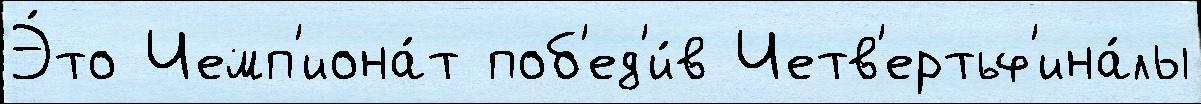
Э́то Чемп'иона́т поб'ед'и́в Четв'ертьф'ина́лы